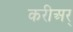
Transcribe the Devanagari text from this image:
करीअर्